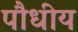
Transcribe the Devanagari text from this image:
पौधीय